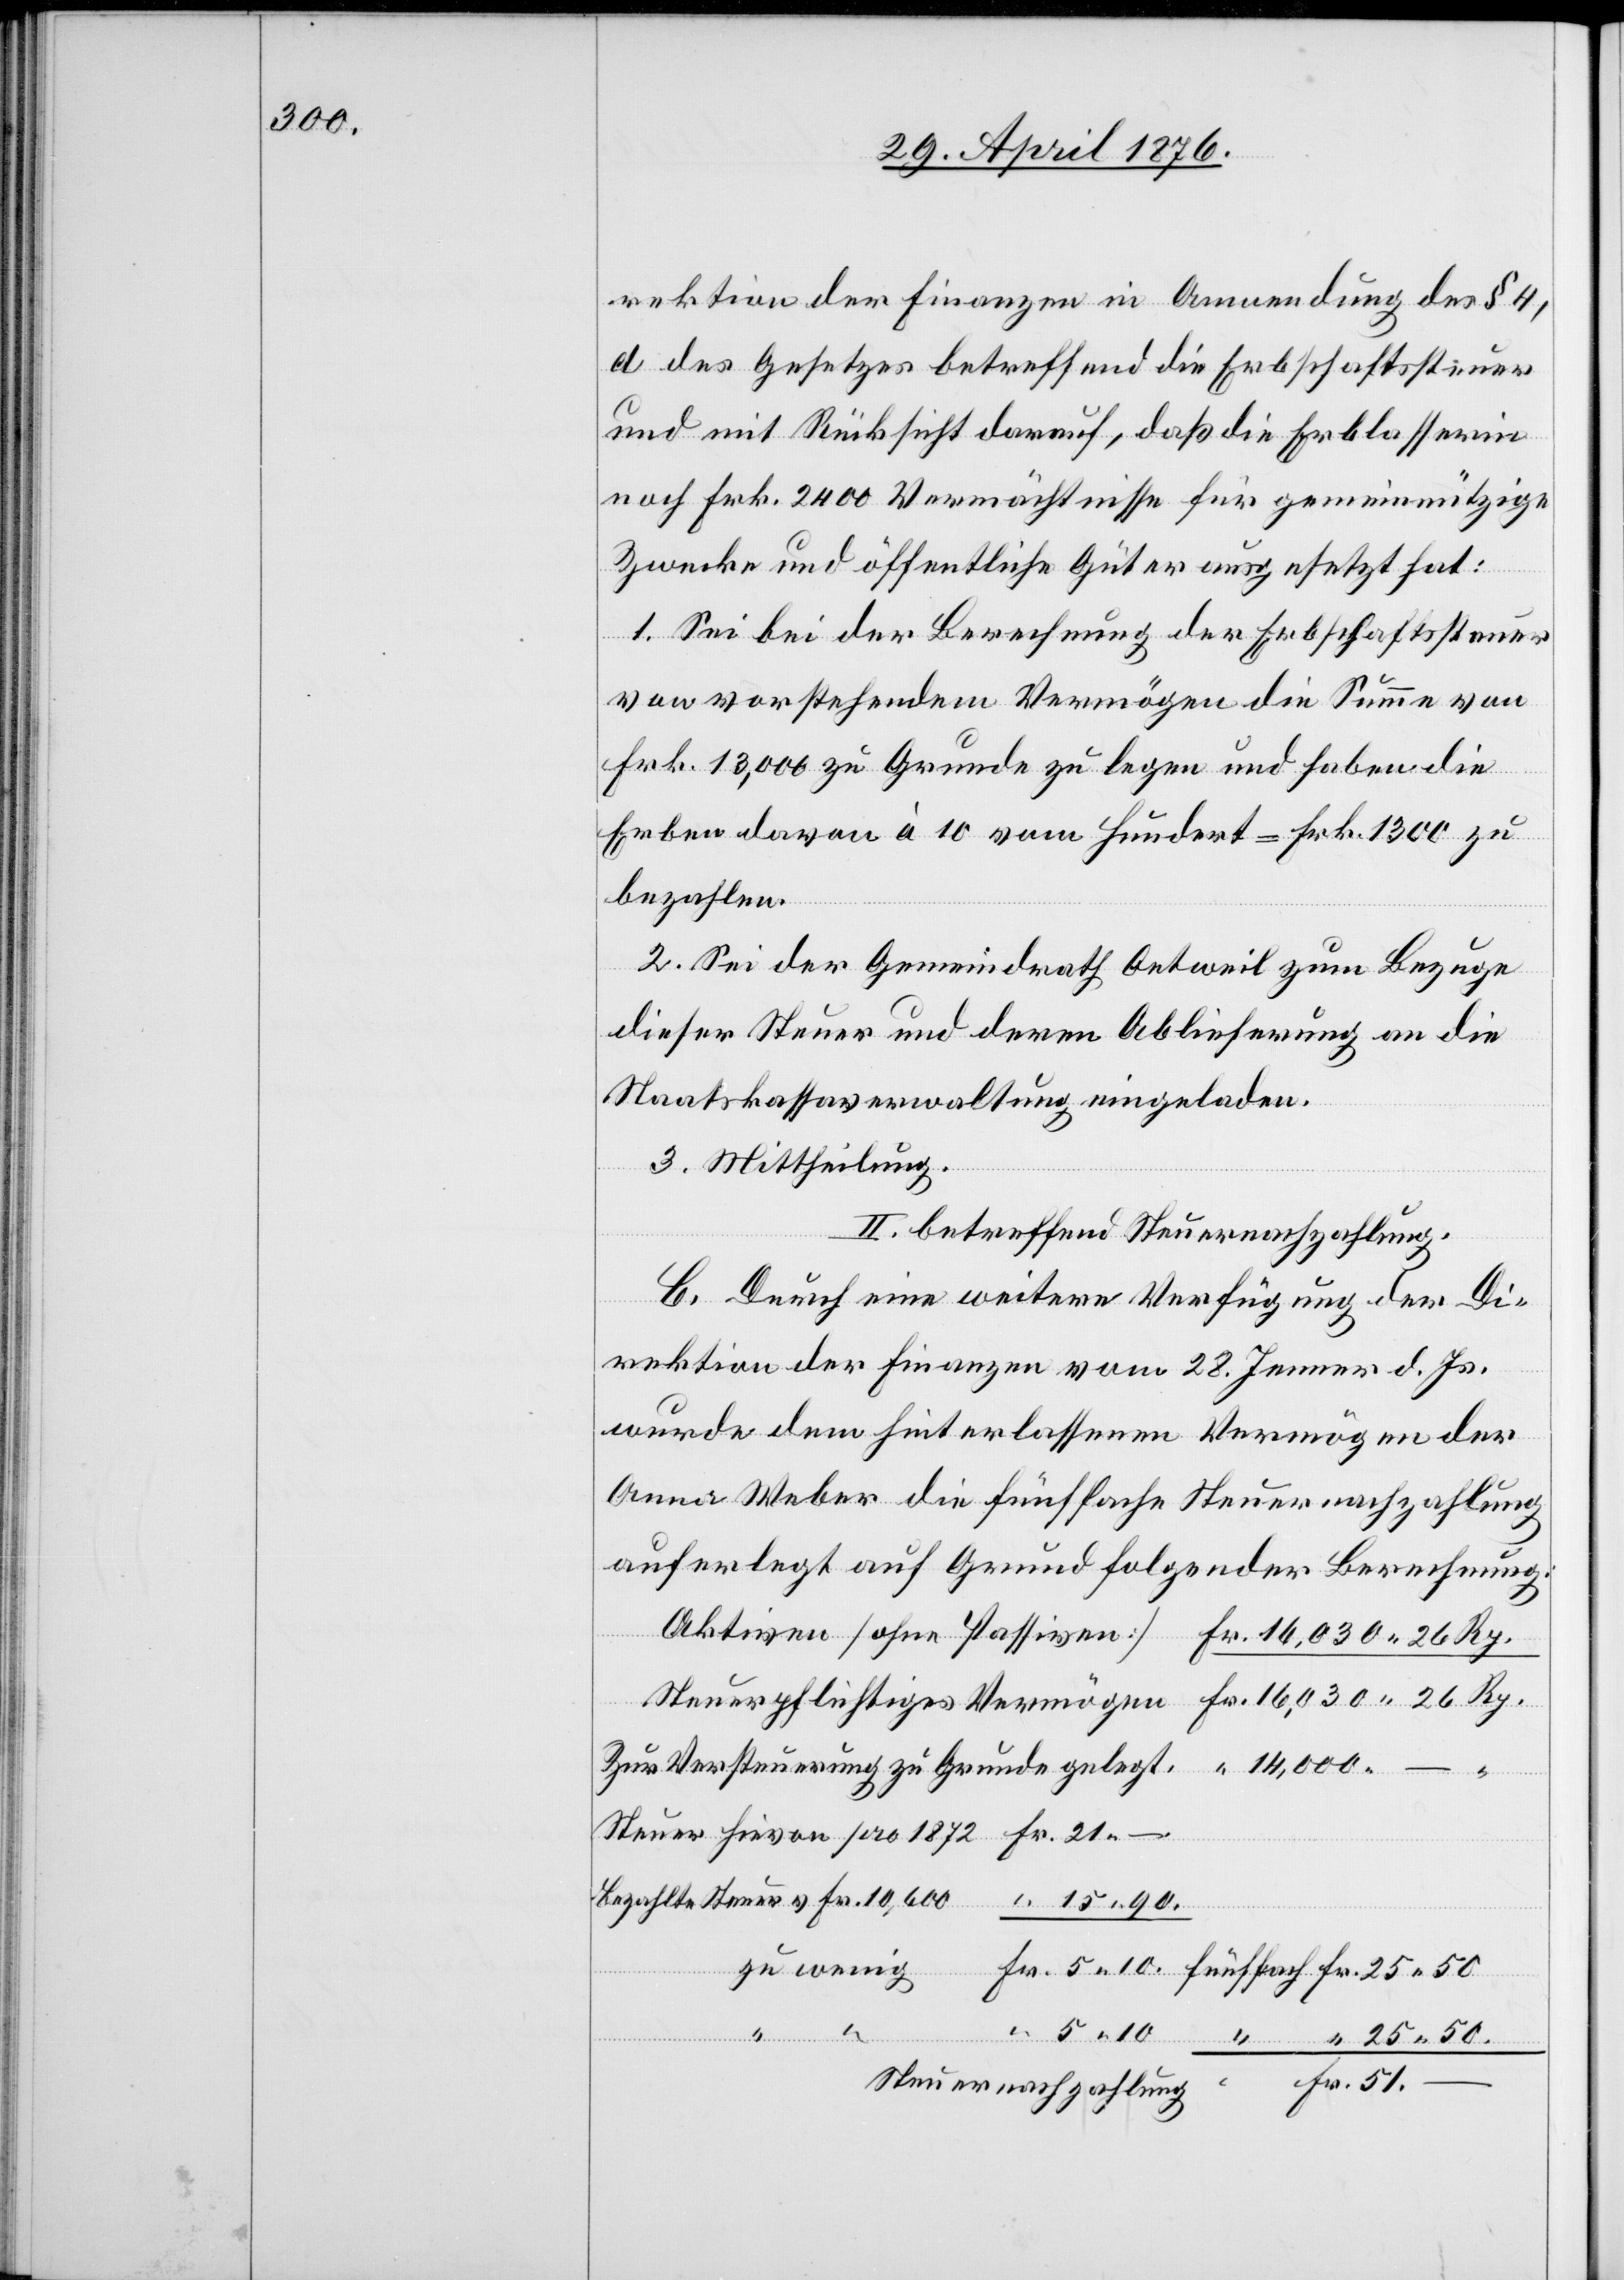
rektion der Finanzen in Anwendung des § 4,
d des Gesetzes betreffend die Erbschaftssteuer
und mit Rücksicht darauf, daß die Erblasserin
noch Frk. 2400 Vermächtnisse für gemeinnützige
Zwecke und öffentliche Güter ausgesetzt hat:
1. Sei bei der Berechnung der Erbschaftssteuer
von vorstehendem Vermögen die Summe von
Frk. 13,000 zu Grunde zu legen und haben die
Erben davon à 10 vom Hundert = Frk. 1300 zu
bezahlen.
2. Sei der Gemeindrath Oetweil zum Bezuge
dieser Steuer und deren Ablieferung an die
Staatskassaverwaltung eingeladen.
“
Fr.
3. Mittheilung.
II. betreffend Steuernachzahlung.
b. Durch eine weitere Verfügung der Di¬
rektion der Finanzen vom 28. Jenner d. Js.
wurde dem hinterlassenen Vermögen der
Anna Weber die fünffache Steuernachzahlung
auferlegt auf Grund folgender Berechnung:
Zur Versteuerung zu Grunde gelegt.
zu
.
bezahlte Steuer v. Fr. 10,600
wenig